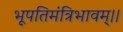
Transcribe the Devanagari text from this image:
भूपतिमंत्रिभावम्।।